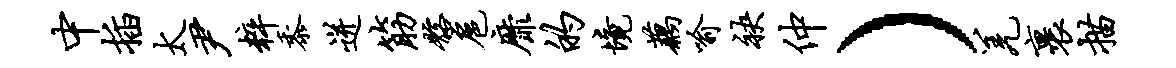
中插太尹粹黍迸筋髂扈靡的境藕喻袂仲）羌裹描